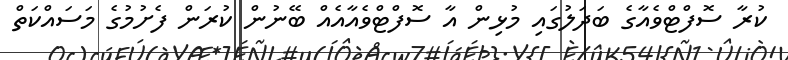
ކުރާ ސޮފްޓްވެއާގެ ބަދަލުގައި މުޅިން އާ ސޮފްޓްވެއާއެއް ބޭނުން ކުރަން ފެށުމުގެ މަސައްކަތް